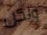
ولكن